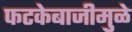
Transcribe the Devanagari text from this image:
फटकेबाजीमुळे